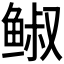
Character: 𩾈